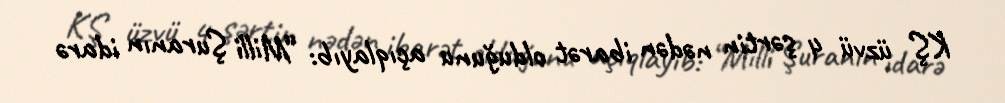
KŞ üzvü 4 şərtin nədən ibarət olduğunu açıqlayıb: “Milli Şuranın idarə